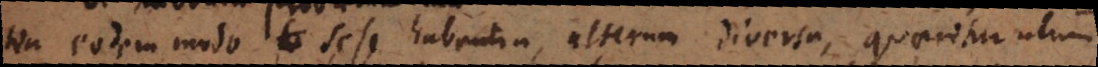
tia eodem modo sese habentia, alterum diversa, quaeritur utrum